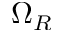
\Omega _ { R }